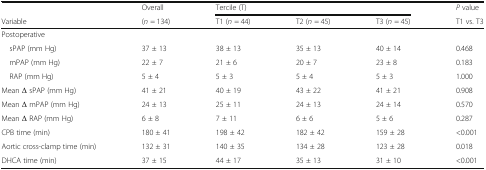
<table><thead><tr><td></td><td><b>Overall</b></td><td colspan="3"><b>Tercile (T)</b></td><td><b><i>P</i> value</b></td></tr><tr><td><b>Variable</b></td><td><b>(<i>n</i> = 134)</b></td><td><b>T1 (<i>n</i> = 44)</b></td><td><b>T2 (<i>n</i> = 45)</b></td><td><b>T3 (<i>n</i> = 45)</b></td><td><b>T1 vs. T3</b></td></tr></thead><tbody><tr><td colspan="6">Postoperative</td></tr><tr><td> sPAP (mm Hg)</td><td>37 ± 13</td><td>38 ± 13</td><td>35 ± 13</td><td>40 ± 14</td><td>0.468</td></tr><tr><td> mPAP (mm Hg)</td><td>22 ± 7</td><td>21 ± 6</td><td>20 ± 7</td><td>23 ± 8</td><td>0.183</td></tr><tr><td> RAP (mm Hg)</td><td>5 ± 4</td><td>5 ± 3</td><td>5 ± 4</td><td>5 ± 3</td><td>1.000</td></tr><tr><td>Mean Δ sPAP (mm Hg)</td><td>41 ± 21</td><td>40 ± 19</td><td>43 ± 22</td><td>41 ± 21</td><td>0.908</td></tr><tr><td>Mean Δ mPAP (mm Hg)</td><td>24 ± 13</td><td>25 ± 11</td><td>24 ± 13</td><td>24 ± 14</td><td>0.570</td></tr><tr><td>Mean Δ RAP (mm Hg)</td><td>6 ± 8</td><td>7 ± 11</td><td>6 ± 6</td><td>5 ± 6</td><td>0.287</td></tr><tr><td>CPB time (min)</td><td>180 ± 41</td><td>198 ± 42</td><td>182 ± 42</td><td>159 ± 28</td><td>&lt;0.001</td></tr><tr><td>Aortic cross-clamp time (min)</td><td>132 ± 31</td><td>140 ± 35</td><td>134 ± 28</td><td>123 ± 28</td><td>0.018</td></tr><tr><td>DHCA time (min)</td><td>37 ± 15</td><td>44 ± 17</td><td>35 ± 13</td><td>31 ± 10</td><td>&lt;0.001</td></tr></tbody></table>